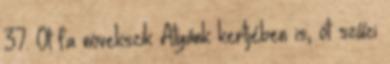
37. Öt fa növekszik Atyánk kertjében is, öt szűzi